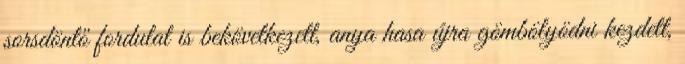
sorsdöntő fordulat is bekövetkezett, anya hasa újra gömbölyödni kezdett,